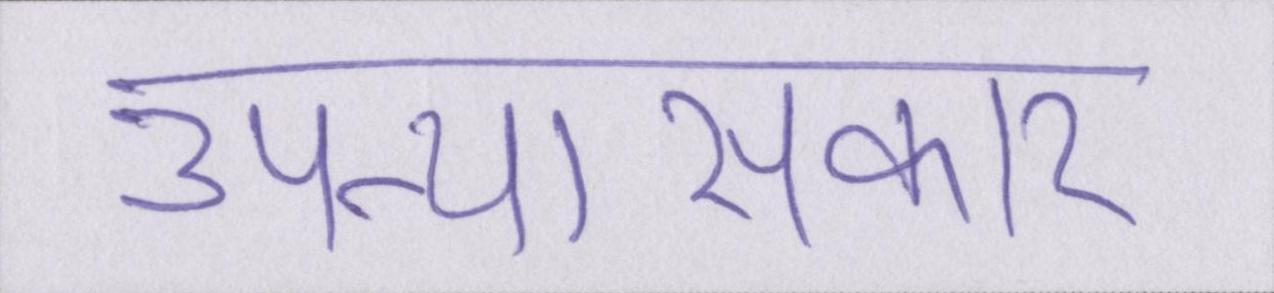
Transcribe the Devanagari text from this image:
उपन्यासकार